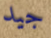
جيد